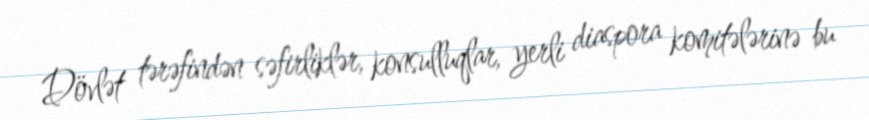
Dövlət tərəfindən səfirliklər, konsulluqlar, yerli diaspora komitələrinə bu